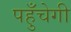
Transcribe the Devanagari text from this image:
पहुँचेगी